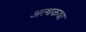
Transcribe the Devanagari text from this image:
अत्थकथा